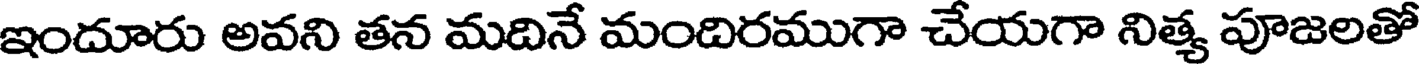
ఇందూరు అవని తన మదినే మందిరముగా చేయగా నిత్య పూజలతో